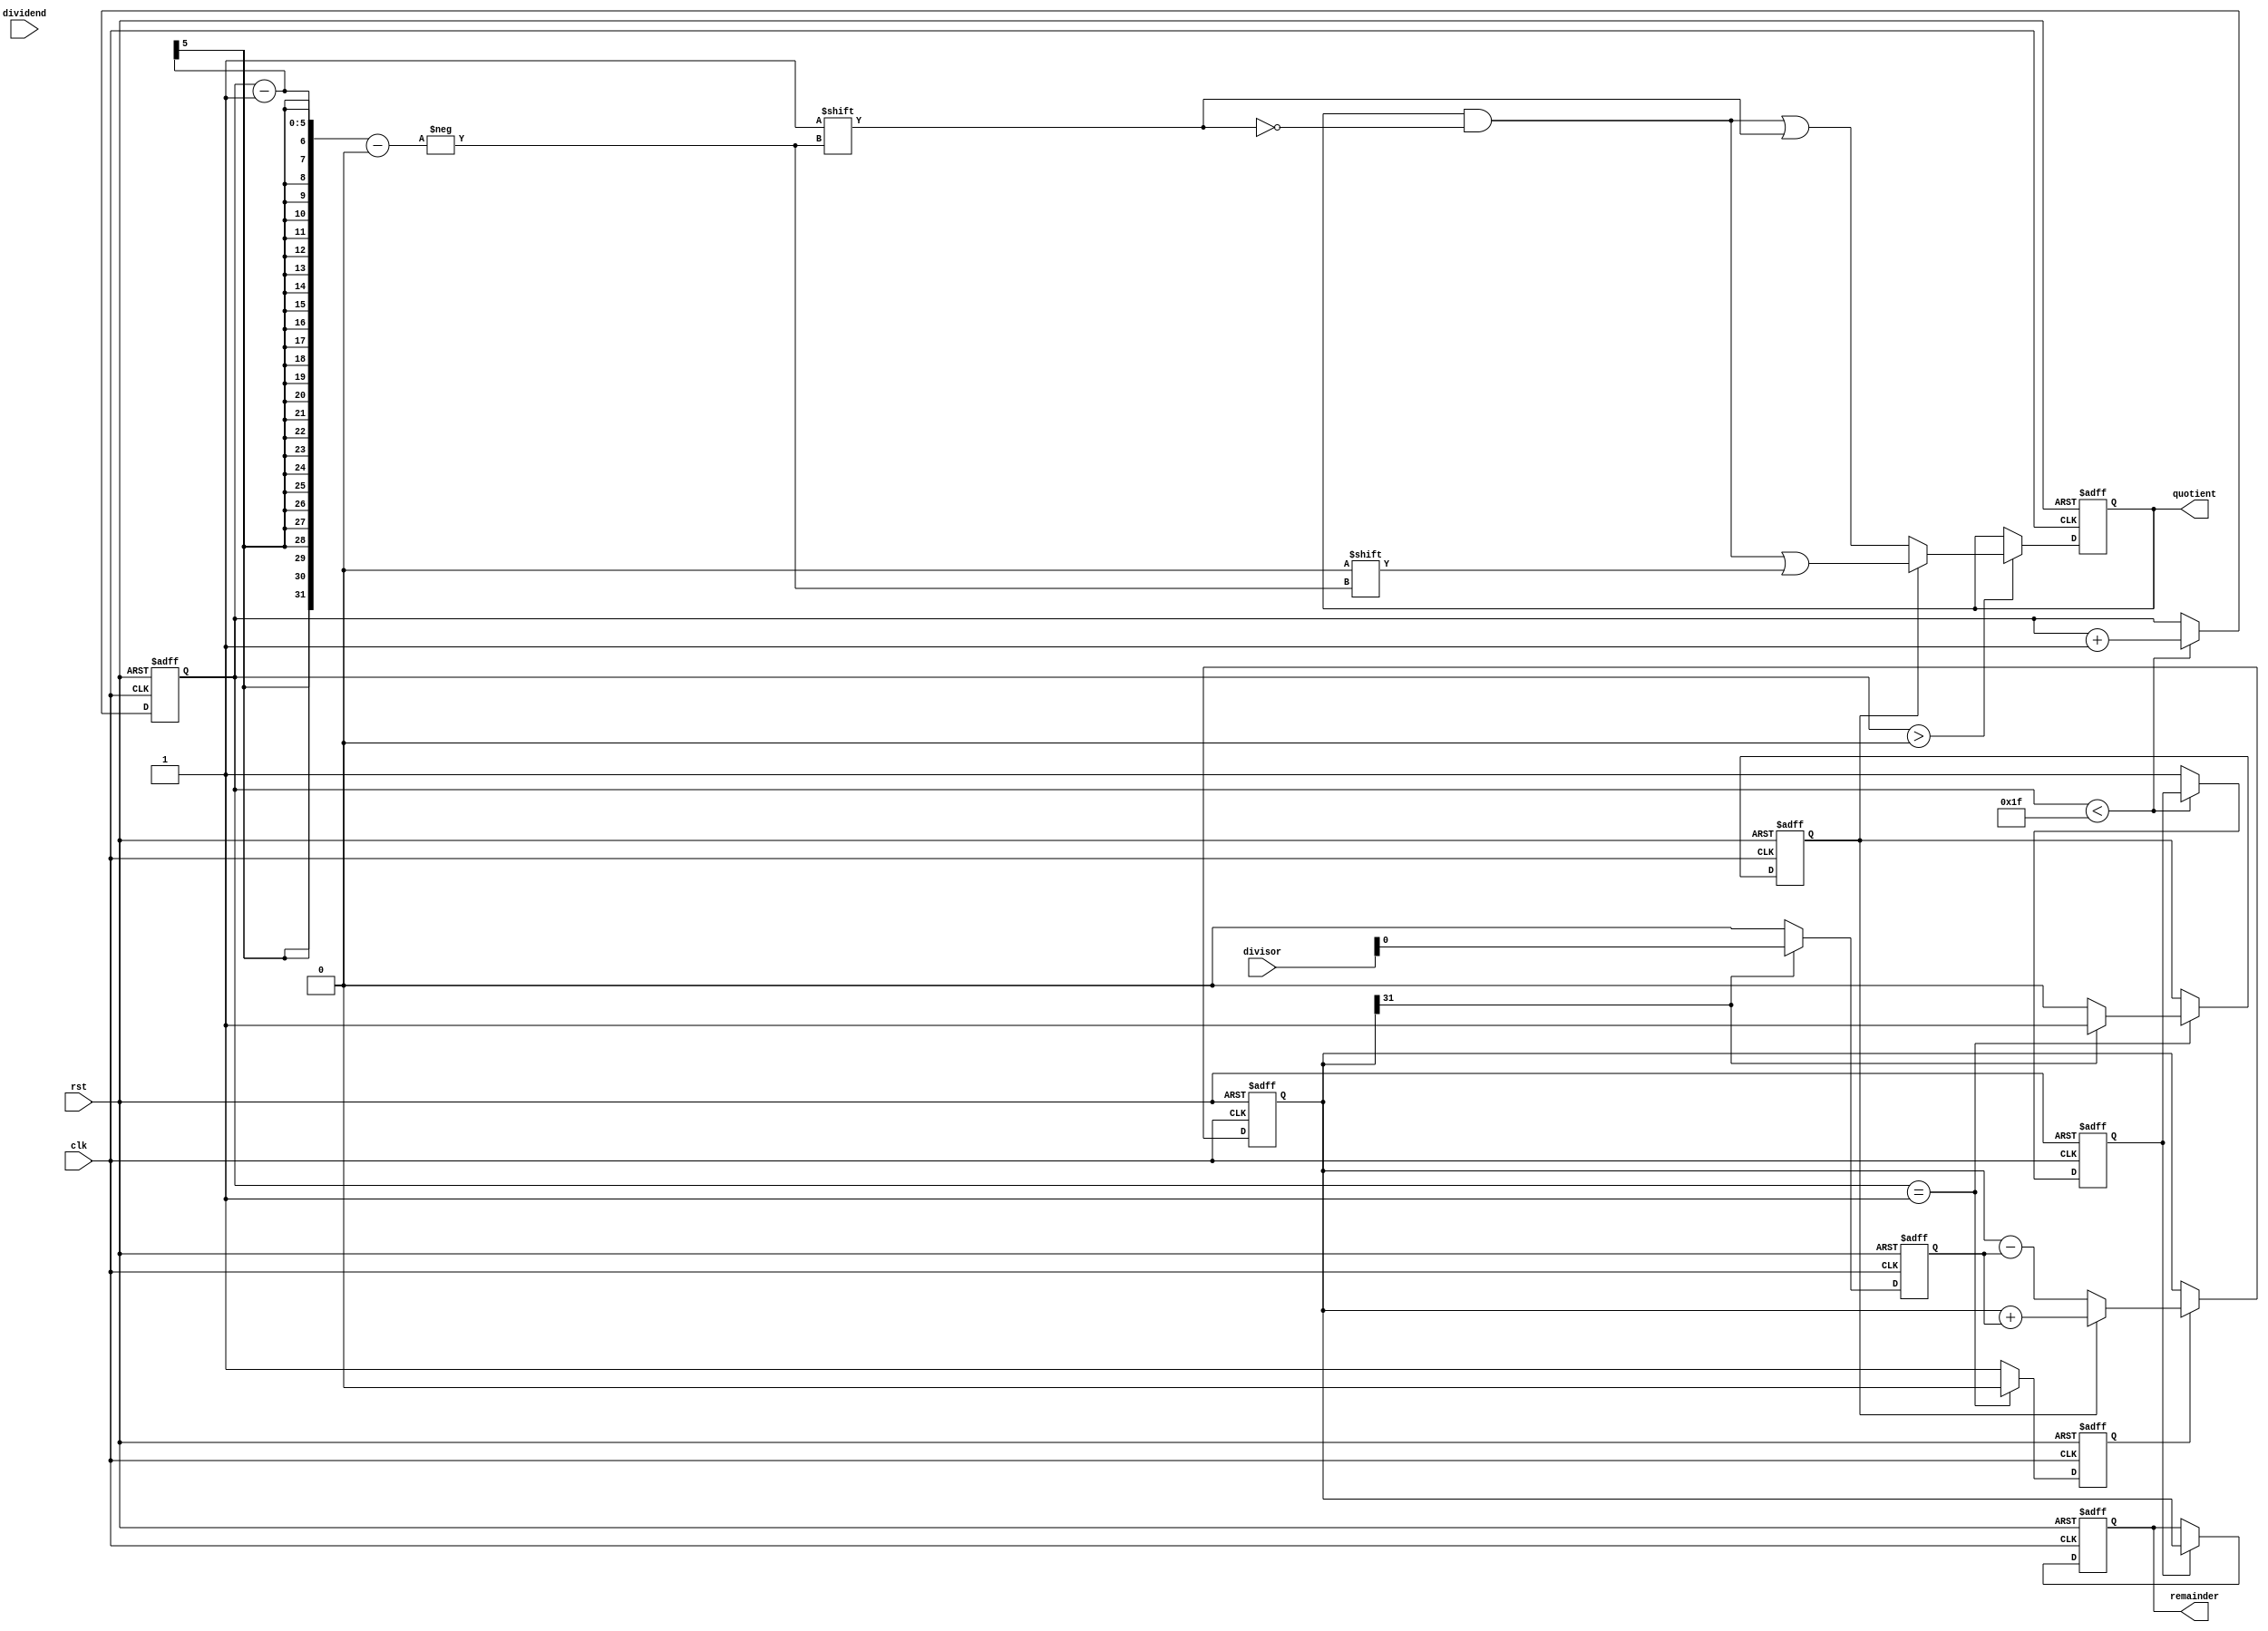
module non_restoring_divider (
    input wire clk,
    input wire rst,
    input wire [31:0] dividend,
    input wire [31:0] divisor,
    output reg [31:0] quotient,
    output reg [31:0] remainder
);

reg [31:0] partial_remainder;
reg [4:0] count;
reg [4:0] sub_count;
reg add_sub;
reg subtrahend;
reg finish;
reg negate;

always @(posedge clk or posedge rst) begin
    if (rst) begin
        partial_remainder <= 32'b0;
        quotient <= 32'b0;
        remainder <= 32'b0;
        count <= 5'b0;
        sub_count <= 5'b0;
        add_sub <= 1'b0;
        subtrahend <= 5'b0;
        finish <= 1'b0;
        negate <= 1'b0;
    end else begin
        // Control logic
        case (count)
            5'b00000: begin
                subtrahend <= divisor;
                add_sub <= 1'b1;
            end
            5'b00001: begin
                if (partial_remainder[31]) begin
                    negate <= 1'b1;
                end else begin
                    negate <= 1'b0;
                end
                add_sub <= 1'b0;
            end
            default: begin
                add_sub <= 1'b1;
            end
        endcase
        
        // Subtractor unit
        if (add_sub) begin
            if (negate) begin
                partial_remainder <= partial_remainder + subtrahend;
            end else begin
                partial_remainder <= partial_remainder - subtrahend;
            end
        end
                
        // Selection logic
        if (partial_remainder[31]) begin
            subtrahend <= divisor;
        end else begin
            subtrahend <= 0;
        end
        
        if (count < 5'd31) begin
            count <= count + 1;
        end else begin
            finish <= 1'b1;
        end
        
        // Quotient generation
        if (count > 5'd0) begin
            if (negate) begin
                quotient[count-1] <= 1'b0;
            end else begin
                quotient[count-1] <= 1'b1;
            end
        end
        
        // Remainder
        if (finish) begin
            remainder <= partial_remainder;
        end
    end
end

endmodule